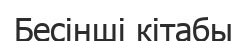
Бесінші кітабы